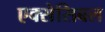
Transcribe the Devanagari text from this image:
एक्सेसिबल